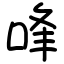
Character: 㖓